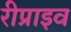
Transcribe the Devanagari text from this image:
रीप्राइव